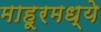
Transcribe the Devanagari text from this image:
माहूरमध्ये